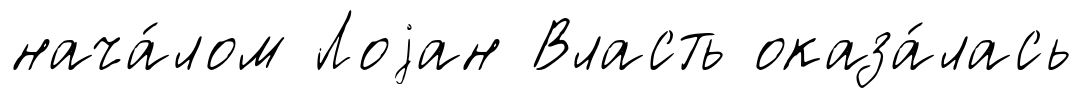
нача́лом Лоjан Власть оказа́лась